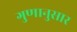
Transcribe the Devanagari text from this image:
गुणानुसार